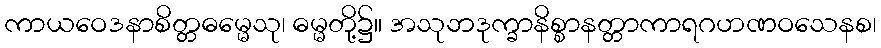
ကာယဝေဒနာစိတ္တဓမ္မေသု၊ ဓမ္မတို့၌။ အသုဘဒုက္ခာနိစ္စာနတ္တာကာရဂဟဏဝသေနစ၊